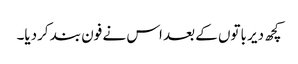
کچھ دیر باتوں کے بعد اس نے فون بند کردیا۔